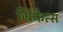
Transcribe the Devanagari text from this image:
ग्रिफैत्स